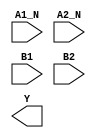
module sky130_fd_sc_hdll__a2bb2oi (
    //# {{data|Data Signals}}
    input  A1_N,
    input  A2_N,
    input  B1  ,
    input  B2  ,
    output Y
);

    // Voltage supply signals
    supply1 VPWR;
    supply0 VGND;
    supply1 VPB ;
    supply0 VNB ;

endmodule